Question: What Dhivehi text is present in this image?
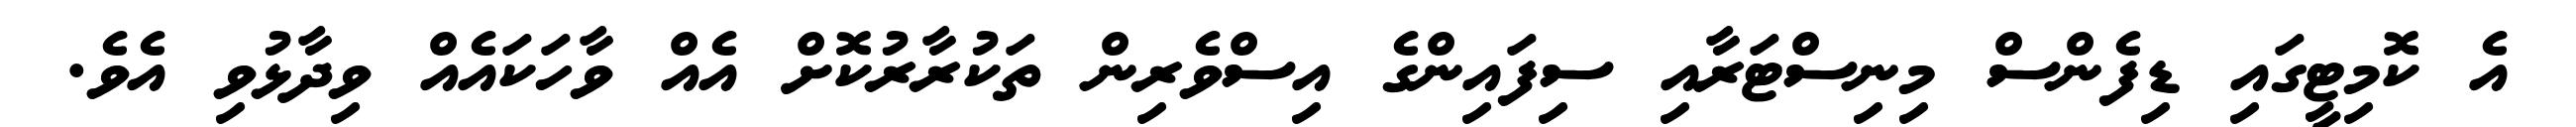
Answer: އެ ކޮމިޓީގައި ޑިފެންސް މިނިސްޓަރާއި ސިފައިންގެ އިސްވެރިން ތަކުރާރުކޮށް އެއް ވާހަކައެއް ވިދާޅުވި އެވެ.